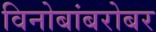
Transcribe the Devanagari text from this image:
विनोबांबरोबर